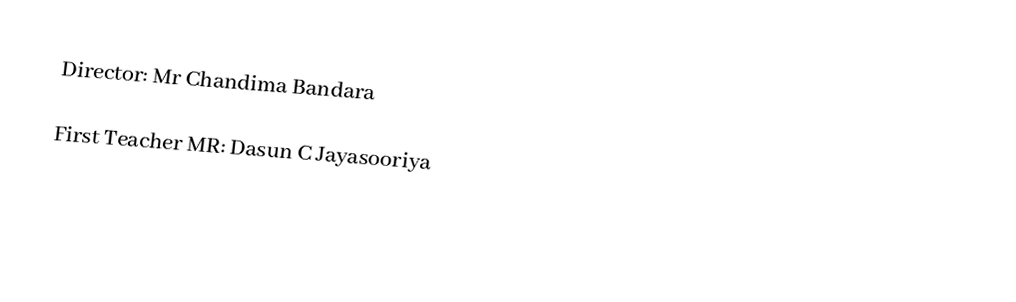
Director: Mr Chandima Bandara

First Teacher MR: Dasun C Jayasooriya